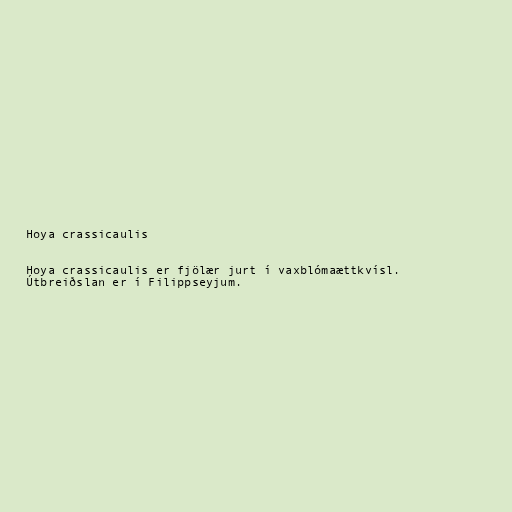
Hoya crassicaulis

Hoya crassicaulis er fjölær jurt í vaxblómaættkvísl.
Útbreiðslan er í Filippseyjum.